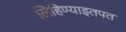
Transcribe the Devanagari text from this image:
लिहिण्याइतपत